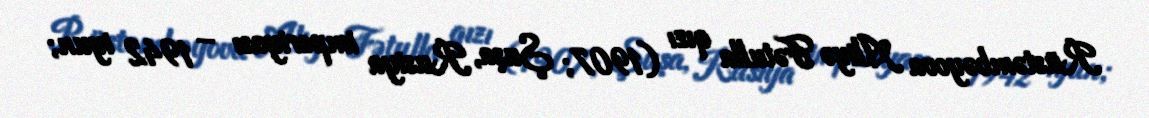
Rüstəmbəyova Aliyə Fətulla qızı (1907; Şuşa, Rusiya imperiyası – 1942 iyun;